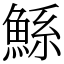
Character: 鯀